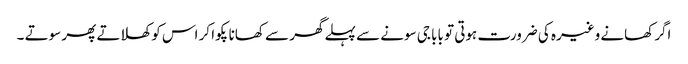
اگر کھانے وغیرہ کی ضرورت ہوتی تو بابا جی سونے سے پہلے گھر سے کھانا پکوا کر اس کو کھلاتے پھر سوتے ۔